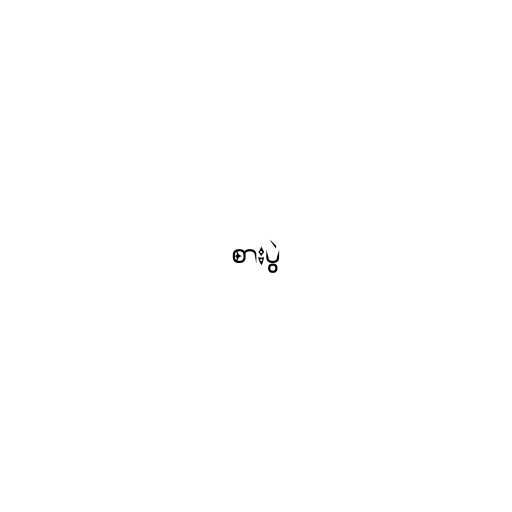
စားပွဲ